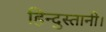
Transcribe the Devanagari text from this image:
हिन्दुस्तानी।